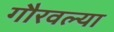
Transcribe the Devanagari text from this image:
गौरवल्या